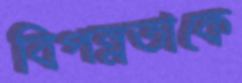
বিপন্নতাকে